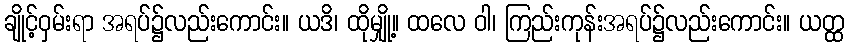
ချိုင့်ဝှမ်းရာ အရပ်၌လည်းကောင်း။ ယဒိ၊ ထိုမျှို့။ ထလေ ဝါ၊ ကြည်းကုန်းအရပ်၌လည်းကောင်း။ ယတ္ထ